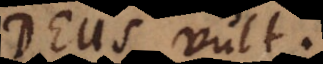
Deus vult.